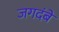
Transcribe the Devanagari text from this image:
जगदंबे